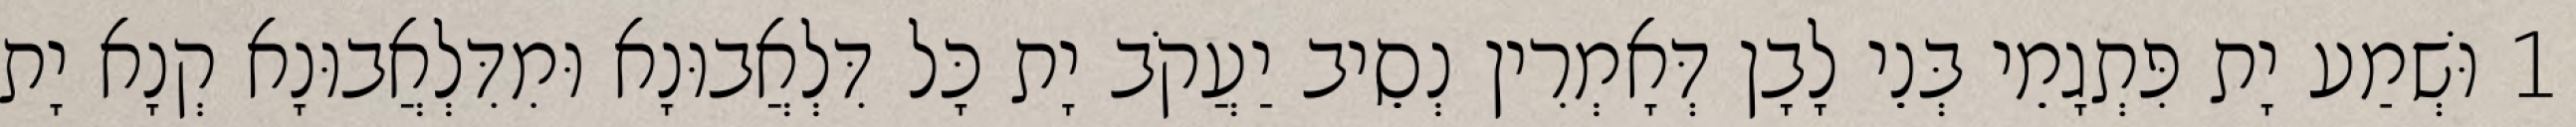
1 וּשְׁמַע יָת פִּתְגָמֵי בְּנֵי לָבָן דְּאָמְרִין נְסֵיב יַעֲקֹב יָת כָּל דִּלְאֲבוּנָא וּמִדִּלְאֲבוּנָא קְנָא יָת